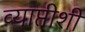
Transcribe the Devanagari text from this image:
व्याप्तीशी